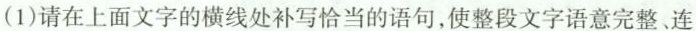
（1）请在上面文字的横线处补写恰当的语句，使整段文字语意完整、连